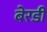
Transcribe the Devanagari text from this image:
बेरडी